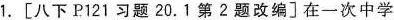
1.[八下P121习题 20.1第2题改编]在一次中学